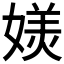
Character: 𭒏